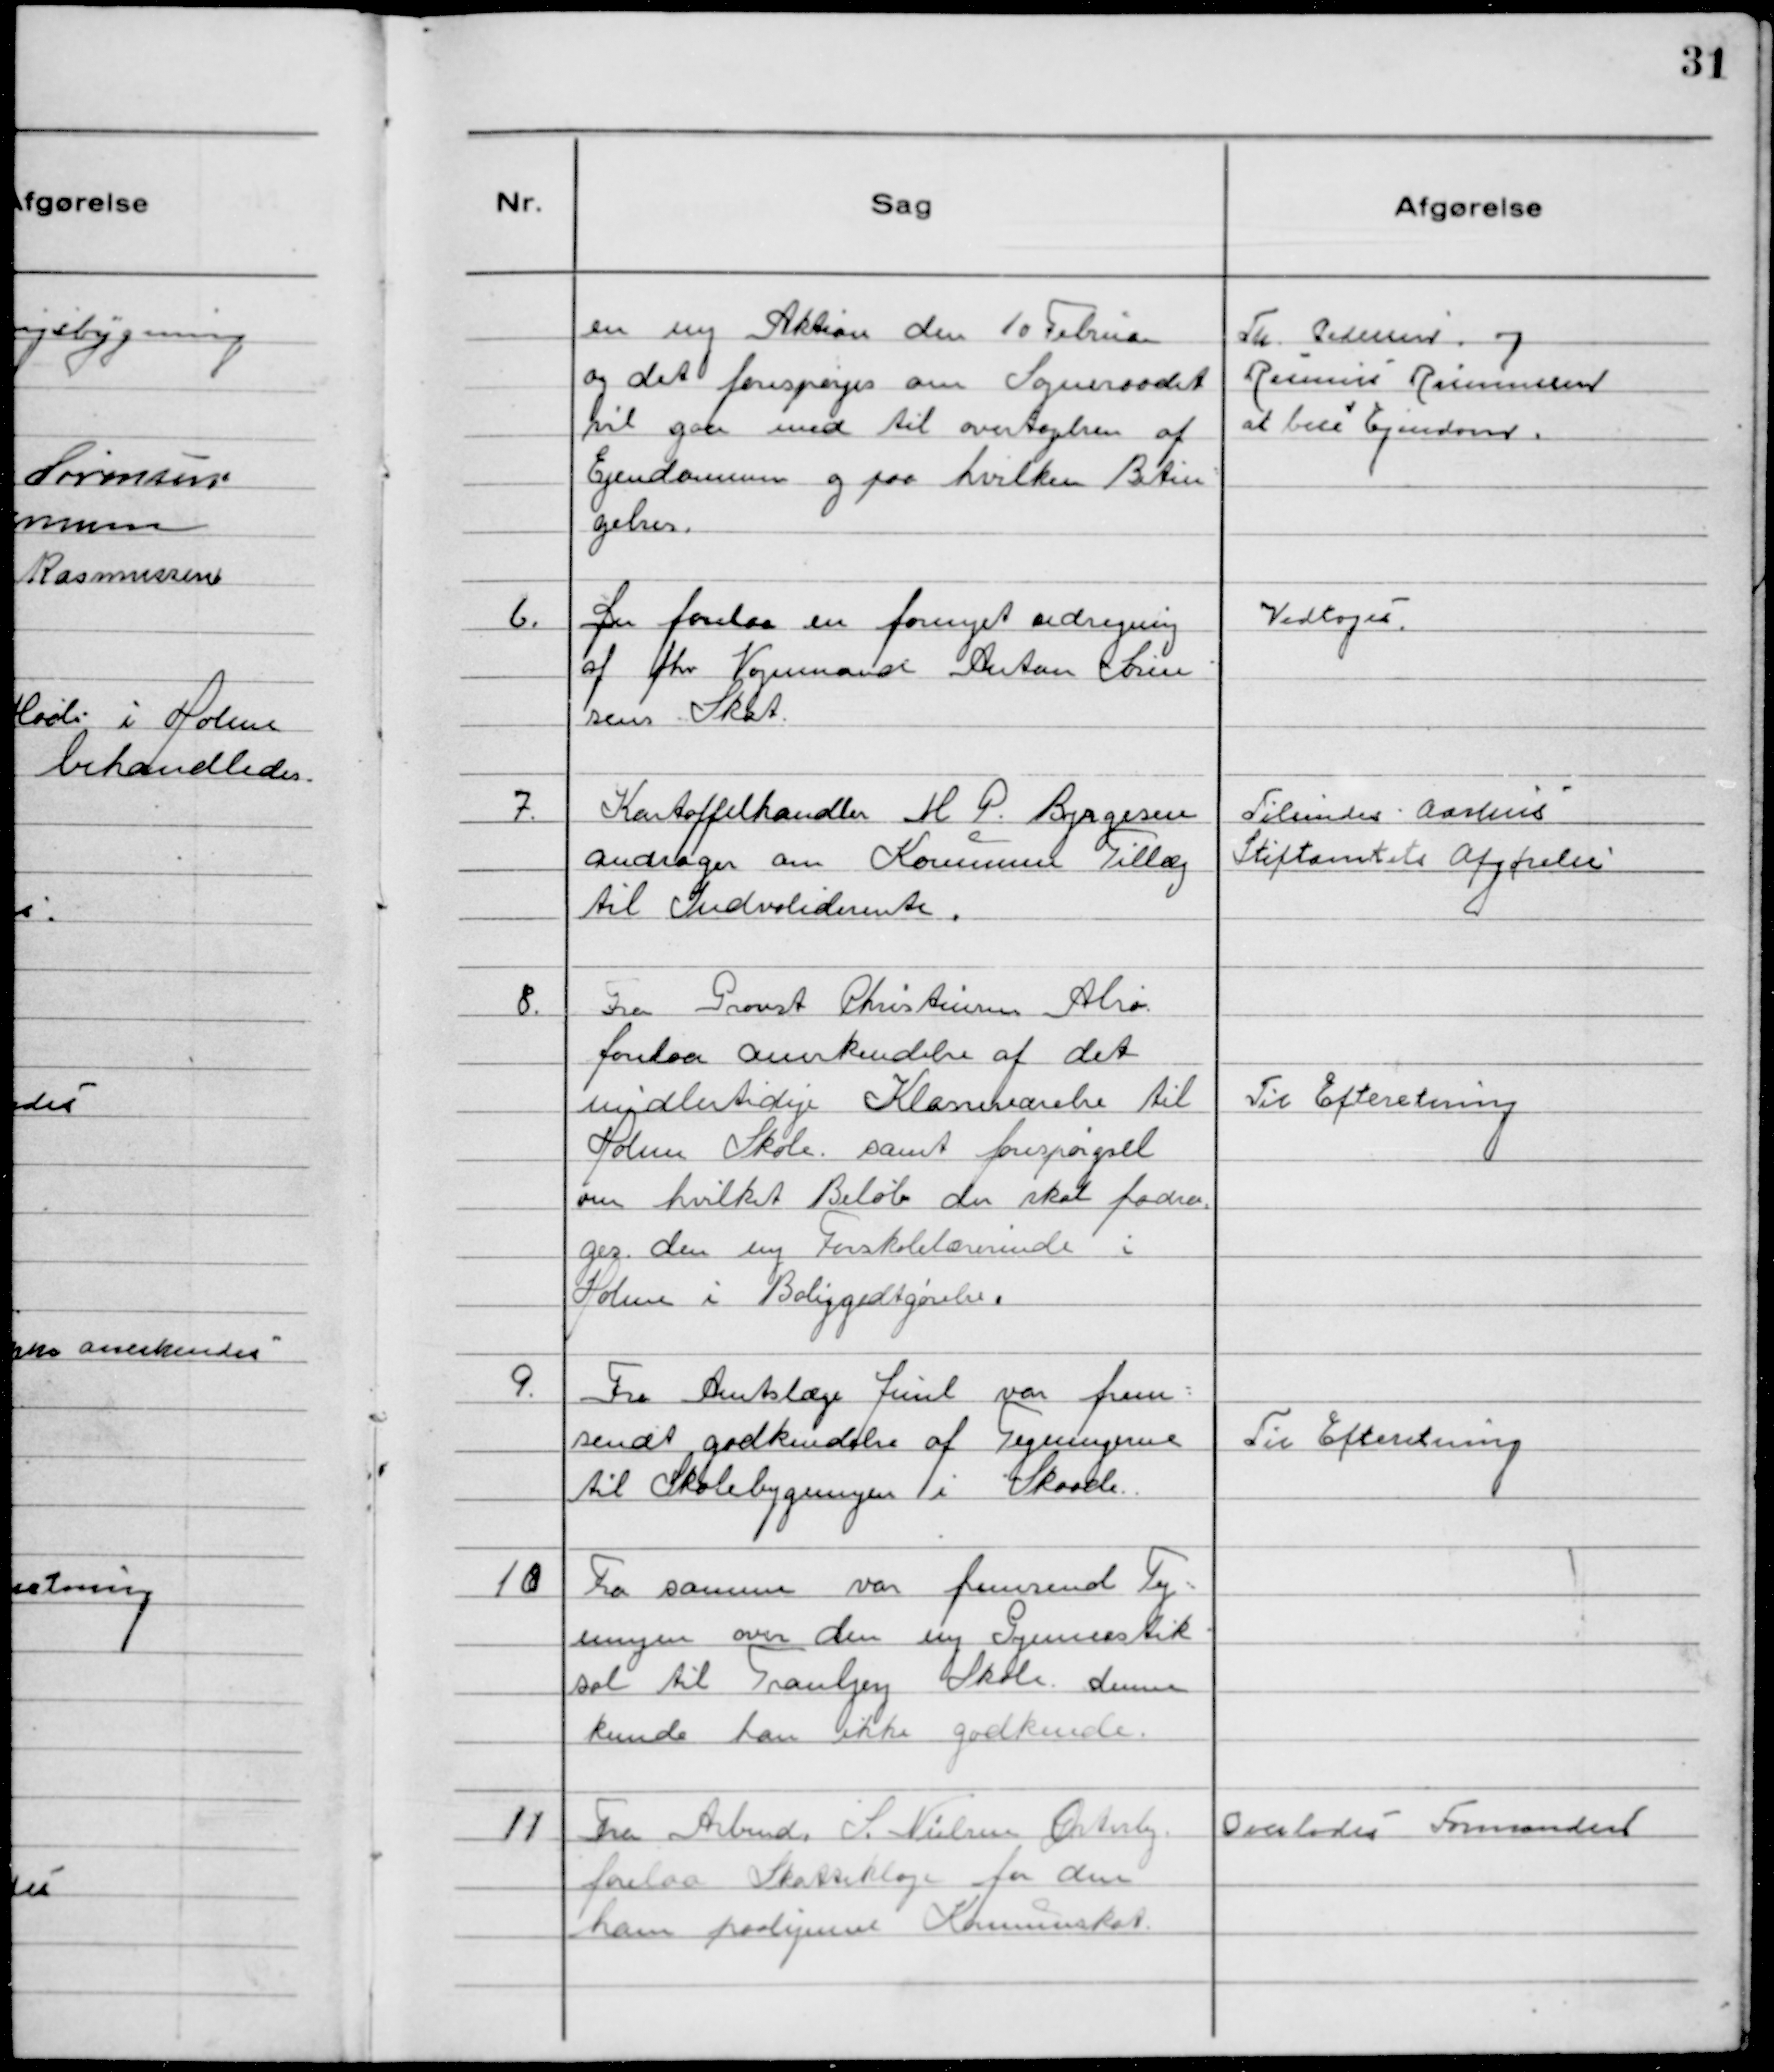
Transskription:
en ny Aktion den 10 Februar
og det forespørges om Sogneraadet
vil gaa med til overtagelse af
Ejendommen og på hvilken Betin
gelser.

Th. Pedersen og
Rasmus Rasmussen
at bese Ejendom.

6. Der forelaa en fornyet udregning
af fhv Vognmand Anton Søren
sens Skat.

Vedtogeś

7. Kartoffelhandler M P. Byrgesen
andrager om Kommune Tillæg
Indvaliderente.

Tilsendes Aarhus
Stiftamtets Afgørelse

8. Fra Provst Christensen Alrø
forelaa anerkendelse af det
midlertidige Klasseværelse til
Holme Skole samt forespørgsel
om hvilket Beløb der skal fradrages
den ny Forskolelærerinde i
Holme i Boliggodtgørelse.

Til Efteretning

9. Fra Amtslæge Juul var frem-
sendt godkendelse af Tegningerne
til Skolebygningen i Skaade.

Til Efteretning

10 Fra samme var fremsend Teg-
ningen over den ny Gymnastik
sal til Tranbjerg Skole. denne
kunde han ikke godkende.

11 Fra Arbmd. S. Nielsen Østerby
forelaa Skatteklage for den
ham paalignene Kommuneskat.

Overlodeś Formanden